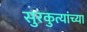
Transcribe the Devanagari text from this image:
सुरकुत्यांच्या